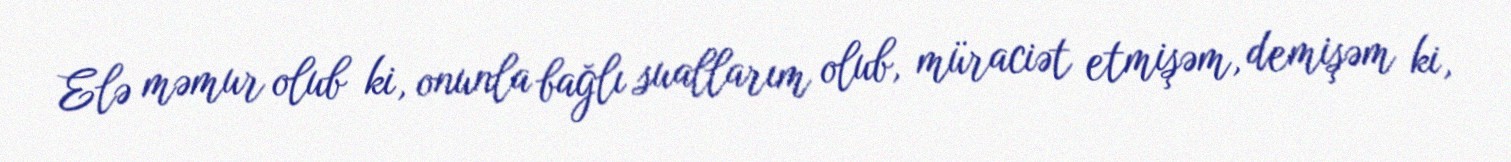
Elə məmur olub ki, onunla bağlı suallarım olub, müraciət etmişəm, demişəm ki,